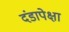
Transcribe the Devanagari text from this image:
दंडापेक्षा